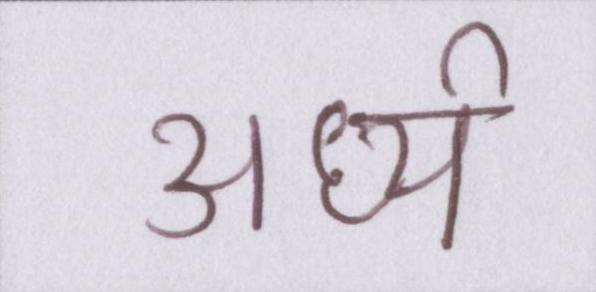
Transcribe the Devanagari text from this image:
अर्ध्य